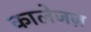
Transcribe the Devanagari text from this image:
कालेजज़